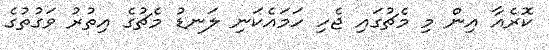
ކޮރެއާ އިން މި މެޗުގައި ޖެހި ހަމައެކަނި ލަނޑު މެޗުގެ އިތުރު ވަގުތުގެ